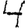
Digit: 4